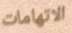
الاتهامات